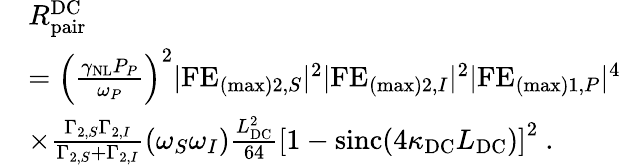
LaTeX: \begin{array}{rl}&{R_{\mathrm{pair}}^{\mathrm{DC}}}\\ &{=\left(\frac{\gamma_{\mathrm{NL}}P_{P}}{\omega_{P}}\right)^{2}|\mathrm{FE}_{(\mathrm{max})2,S}|^{2}|\mathrm{FE}_{(\mathrm{max})2,I}|^{2}|\mathrm{FE}_{(\mathrm{max})1,P}|^{4}}\\ &{\times\frac{\Gamma_{2,S}\Gamma_{2,I}}{\Gamma_{2,S}+\Gamma_{2,I}}\left(\omega_{S}\omega_{I}\right)\frac{L_{\mathrm{DC}}^{2}}{64}\left[1-\mathrm{sinc}\! \left(4\kappa_{\mathrm{DC}}L_{\mathrm{DC}}\right)\right]^{2}\ .}\end{array}